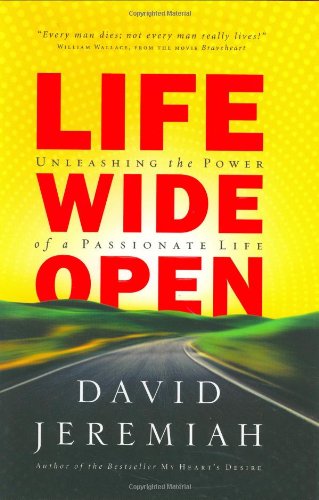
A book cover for Life Wide Open: Unleashing the Power of a Passionate Life; Dr David Jeremiah; Christian Books & Bibles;